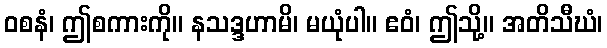
ဝစနံ၊ ဤစကားကို။ နသဒ္ဒဟာမိ၊ မယုံပါ။ ဧဝံ၊ ဤသို့။ အတိသီဃံ၊